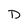
Character: D